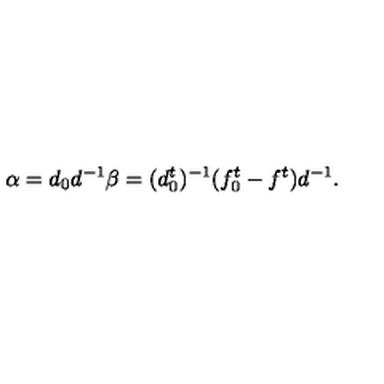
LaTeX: \alpha = d _ { 0 } d ^ { - 1 } \beta = ( d _ { 0 } ^ { t } ) ^ { - 1 } ( f _ { 0 } ^ { t } - f ^ { t } ) d ^ { - 1 } .